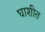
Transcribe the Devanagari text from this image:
घाशीत